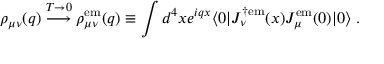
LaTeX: \rho _ { \mu \nu } ( q ) \stackrel { T \rightarrow 0 } { \longrightarrow } \rho _ { \mu \nu } ^ { \mathrm { e m } } ( q ) \equiv \int d ^ { 4 } x e ^ { i q x } \langle 0 | J _ { \nu } ^ { \dagger \mathrm { e m } } ( x ) J _ { \mu } ^ { \mathrm { e m } } ( 0 ) | 0 \rangle \; .